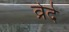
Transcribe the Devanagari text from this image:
व्रेदे